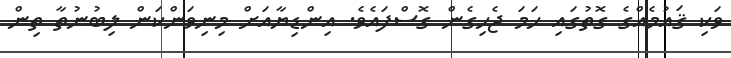
ވަކި ޤައުމެއްގެ ގޮތުގައި ހަމަ ޖެހިގެން ގޮސްފައެވެ. އިންޑިޔާއަށް މިނިވަންކަން ލިބުނުތާ ތިން